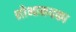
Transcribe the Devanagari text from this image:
शोभानयका